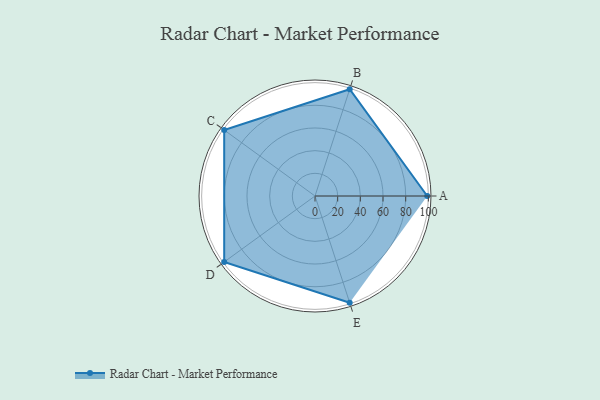
{"axis": {"x": "Skill", "y": "Score"}, "legend": ["Profile"], "data": [{"x": "A", "y": 99, "type": "Profile"}, {"x": "B", "y": 99, "type": "Profile"}, {"x": "C", "y": 99, "type": "Profile"}, {"x": "D", "y": 99, "type": "Profile"}, {"x": "E", "y": 99, "type": "Profile"}]}